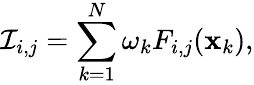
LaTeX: \mathcal{I}_{i,j}=\sum_{k=1}^{N}\omega_{k}F_{i,j}(\mathbf{x}_{k}),